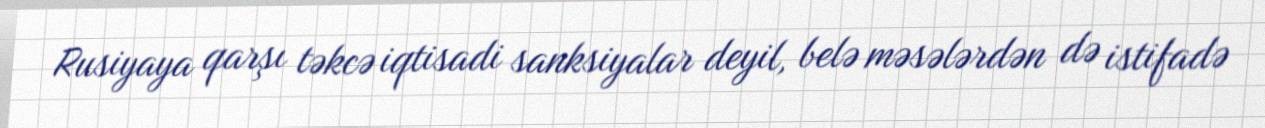
Rusiyaya qarşı təkcə iqtisadi sanksiyalar deyil, belə məsələrdən də istifadə